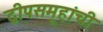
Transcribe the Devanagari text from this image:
द्वीपसमूहांची